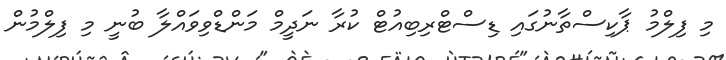
މި ފިލްމު ޕާކިސްތާނުގައި ޑިސްޓްރިބިއުޓް ކުރާ ނަދީމް މަންޑްވިވައްލާ ބުނީ މި ފިލްމުން